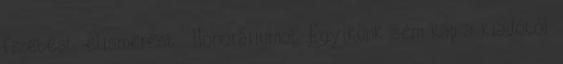
fizetést, elismerést . Honoráriumot. Egyikünk sem kap a kiadótól